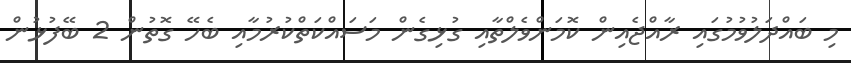
މި ބައްދަލުވުމުގައި ރާއްޖެއިން ކޮމަންވެލްތާއި ގުޅިގެން މަސައްކަތްކުރުމާއި ބެހޭ ގޮތުން 2 ބޭފުޅުން